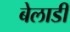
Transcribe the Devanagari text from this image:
बेलाडी